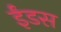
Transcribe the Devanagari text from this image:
ईंडस